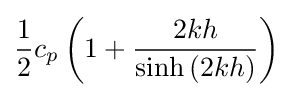
{\frac {1}{2}}c_{p}\left(1+{\frac {2kh}{\sinh \left(2kh\right)}}\right)